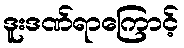
ဒူးဒဏ်ရာကြောင့်